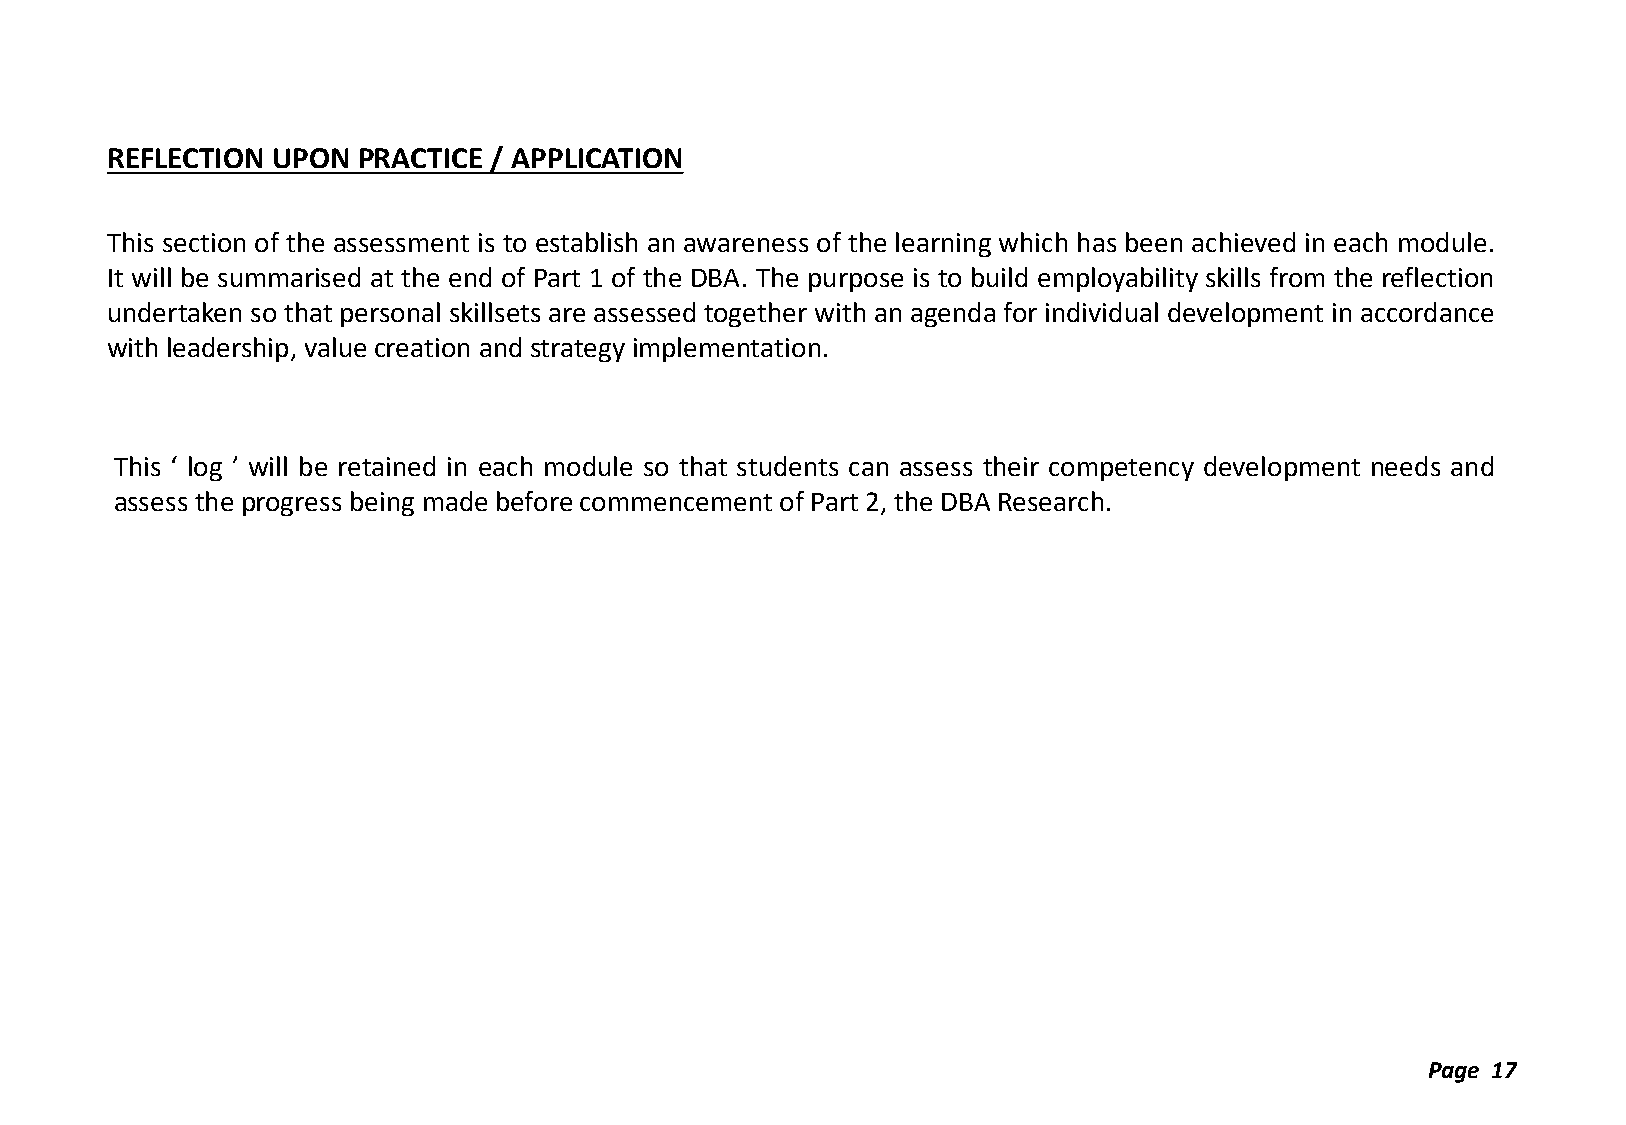
REFLECTION UPON  PRACTICE / APPLICATION
 This section of the assessment is to establish an awareness of the learning which has been achieved in each module.
 It will be summarised at the end of Part 1 of the DBA. The purpose is to build employability skills from the reflection
 undertaken so that personal skillsets are assessed together with an agenda for individual development in accordance
 with leadership, value creation and strategy implementation.
 This ‘ log ’ will be retained in each module so that students can assess their competency development needs and
 assess the progress being made before commencement of Part 2, the DBA Research.
 Page 17